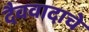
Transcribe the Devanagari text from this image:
दैववादाचे